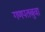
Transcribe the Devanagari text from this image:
गणपतबुवा